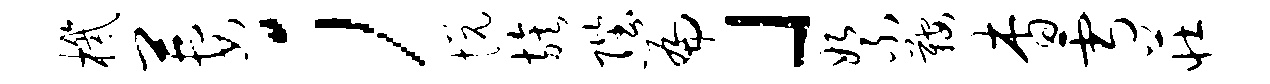
机萋；悦族陛篇」絮鞍杳雪庄